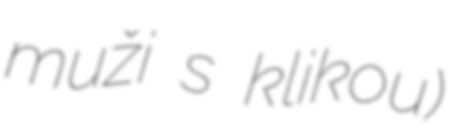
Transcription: muži s klikou)